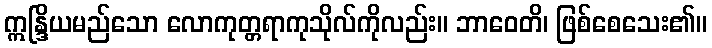
ဣန္ဒြိယမည်သော လောကုတ္တရာကုသိုလ်ကိုလည်း။ ဘာဝေတိ၊ ဖြစ်စေသေး၏။